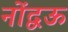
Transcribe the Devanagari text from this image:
नोंद्वऊ